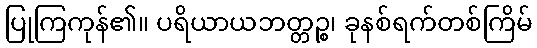
ပြုကြကုန်၏။ ပရိယာယဘတ္တဉ္စ၊ ခုနစ်ရက်တစ်ကြိမ်